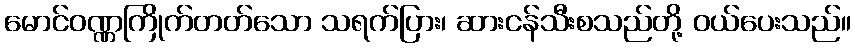
မောင်ဝဏ္ဏကြိုက်တတ်သော သရက်ပြား၊ ဆားငန်သီးစသည်တို့ ဝယ်ပေးသည်။